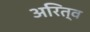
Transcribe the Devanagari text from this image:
अरित्व